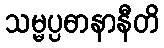
သမ္မပ္ပဓာနာနီတိ